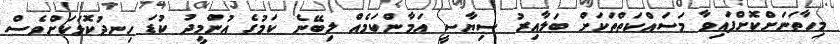
މިހާތަނަށްކޮށްފައިވާ މަސައްކަތްތަކަށް ބަލާއިރު ސިޔާސީ އަމާންކަމެއް ލިބޭނެ ކަމުގެ އުންމީދު ކުޑަ ހިނދުކޮޅަކަށްވެސް